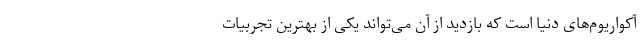
آکواریوم‌های دنیا است که بازدید از آن می‌تواند یکی از بهترین تجربیات